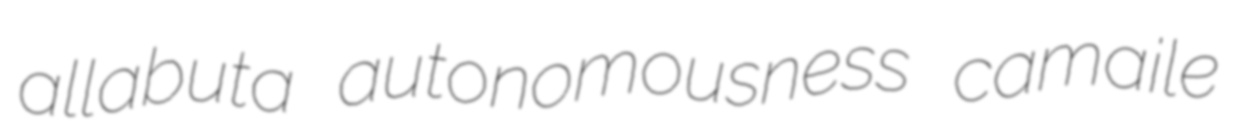
allabuta autonomousness camaile